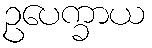
ဥပေက္ခာယ